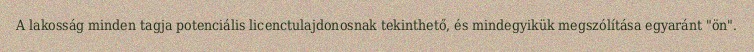
A lakosság minden tagja potenciális licenctulajdonosnak tekinthető, és mindegyikük megszólítása egyaránt "ön".